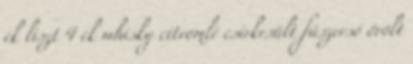
ek liszt 4 ek whisky citromlé csirkesült fűszersó őrölt